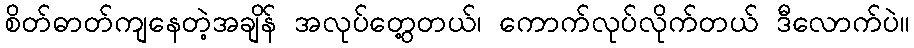
စိတ်ဓာတ်ကျနေတဲ့အချိန် အလုပ်တွေ့တယ်၊ ကောက်လုပ်လိုက်တယ် ဒီလောက်ပဲ။